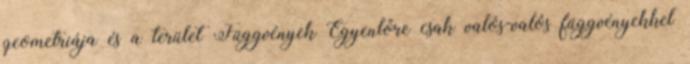
geometriája és a terület Függvények Egyenlőre csak valós-valós függvényekkel